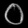
Digit: ၀